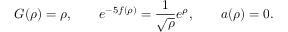
G ( \rho ) = \rho , \qquad e ^ { - 5 f ( \rho ) } = \frac { 1 } { \sqrt { \rho } } e ^ { \rho } , \qquad a ( \rho ) = 0 .